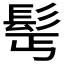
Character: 𩬆